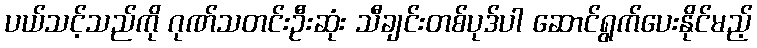
ပယ်သင့်သည်ကို ဂုဏ်သတင်းဦးဆုံး သီချင်းတစ်ပုဒ်ပါ ဆောင်ရွက်ပေးနိုင်မည့်